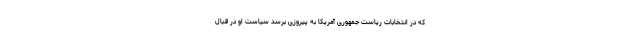
که در انتخابات ریاست جمهوری آمریکا به پیروزی برسد سیاست او در قبال